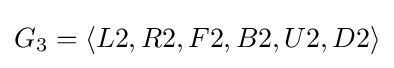
G_{3}=\langle L2,R2,F2,B2,U2,D2\rangle